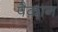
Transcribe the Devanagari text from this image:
पैकान